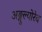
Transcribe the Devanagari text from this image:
अङ्गुल्योरेव